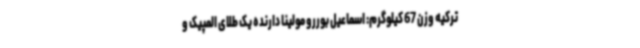
ترکیه وزن 67 کیلوگرم: اسماعیل بوررو مولینا دارنده یک طلای المپیک و